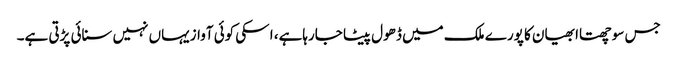
جس سوچھتاا بھیان کا پورے ملک میں ڈھول پیٹا جارہاہے، ا سکی کوئی آوازیہاں نہیں سنائی پڑتی ہے۔